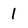
Character: I